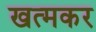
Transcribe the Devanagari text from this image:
खत्मकर